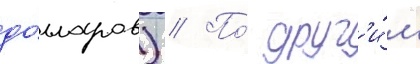
до́лларов) // По́ друг'и́м